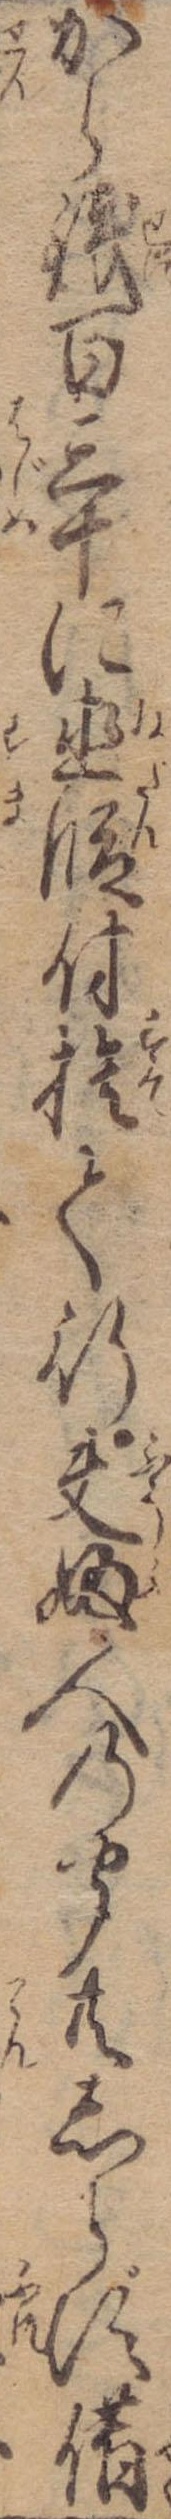
から銭百三十に直段付捨て行夫婦人の聞共しらず借